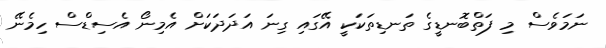
ނަމަވެސް މި ފަތްބޮނޑީގެ ތަނޑިތަކަކީ އޭގައި ގިނަ އަދަދަކަށް އެމިނޯ އެސިޑްސް ހިމެނޭ